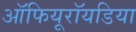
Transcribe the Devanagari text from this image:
ऑफियूरॉयडिया